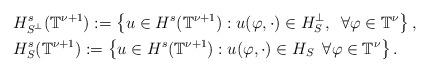
LaTeX: \begin{align*}\begin{aligned}& H^s_{S^{\perp}}(\mathbb{T}^{\nu+1}):=\left\{ u\in H^s(\mathbb{T}^{\nu+1}) : u(\varphi, \cdot)\in H_S^{\perp},\,\,\,\forall\varphi\in \mathbb{T}^{\nu} \right\},\\& H^s_{S}(\mathbb{T}^{\nu+1}):=\left\{ u\in H^s(\mathbb{T}^{\nu+1}) : u(\varphi, \cdot)\in H_S\,\,\,\forall\varphi\in \mathbb{T}^{\nu} \right\}.\end{aligned}\end{align*}